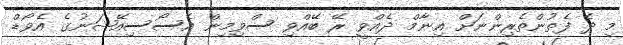
މި ދެ ފެތުންތެރިންނަށް އިނާމް ދެއްވީ ރޭ ބޭއްވި ސްވިމިން އެސޯސިއޭޝަނުގެ އެވޯޑް